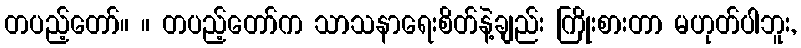
တပည့်တော်။ ။ တပည့်တော်က သာသနာရေးစိတ်နဲ့ချည်း ကြိုးစားတာ မဟုတ်ပါဘူး,